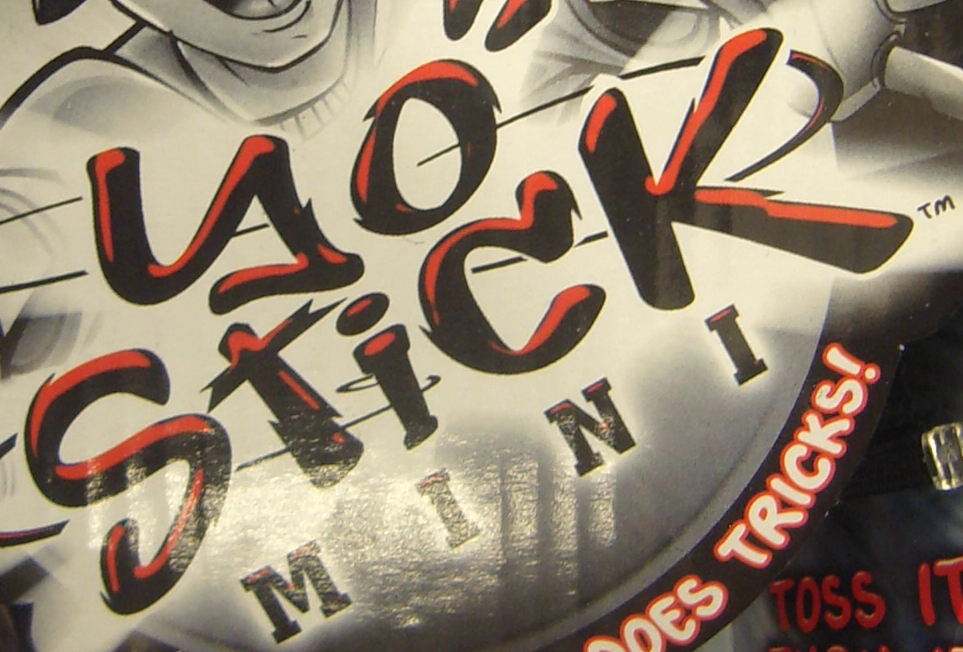
Stick